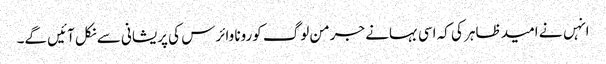
انہں نے امید ظاہر کی کہ اسی بہانے جرمن لوگ کورونا وائرس کی پریشانی سے نکل آئیں گے۔